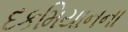
દકમિયાનના